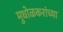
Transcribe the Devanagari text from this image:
मुधोळकरांच्या